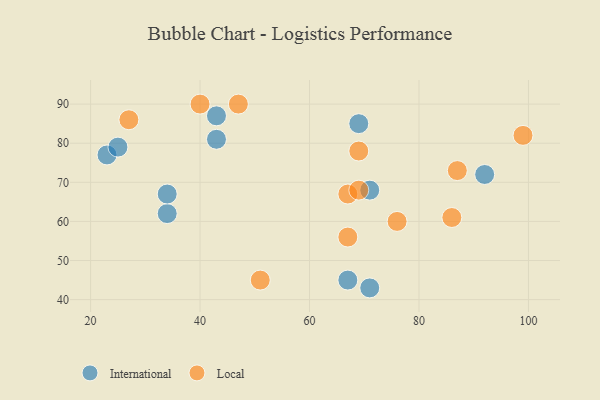
{"axis": {"x": "GDP", "y": "Life Expectancy"}, "legend": ["International", "Local"], "data": [{"x": "34", "y": 62, "type": "International"}, {"x": "43", "y": 87, "type": "International"}, {"x": "23", "y": 77, "type": "International"}, {"x": "25", "y": 79, "type": "International"}, {"x": "34", "y": 67, "type": "International"}, {"x": "43", "y": 81, "type": "International"}, {"x": "69", "y": 85, "type": "International"}, {"x": "71", "y": 68, "type": "International"}, {"x": "92", "y": 72, "type": "International"}, {"x": "67", "y": 45, "type": "International"}, {"x": "71", "y": 43, "type": "International"}, {"x": "76", "y": 60, "type": "Local"}, {"x": "69", "y": 78, "type": "Local"}, {"x": "99", "y": 82, "type": "Local"}, {"x": "67", "y": 56, "type": "Local"}, {"x": "47", "y": 90, "type": "Local"}, {"x": "67", "y": 67, "type": "Local"}, {"x": "51", "y": 45, "type": "Local"}, {"x": "40", "y": 90, "type": "Local"}, {"x": "27", "y": 86, "type": "Local"}, {"x": "86", "y": 61, "type": "Local"}, {"x": "87", "y": 73, "type": "Local"}, {"x": "69", "y": 68, "type": "Local"}]}